Annual statistical returns and brief notes on vaccination in Bengal - 1909-1929
Year: 1909
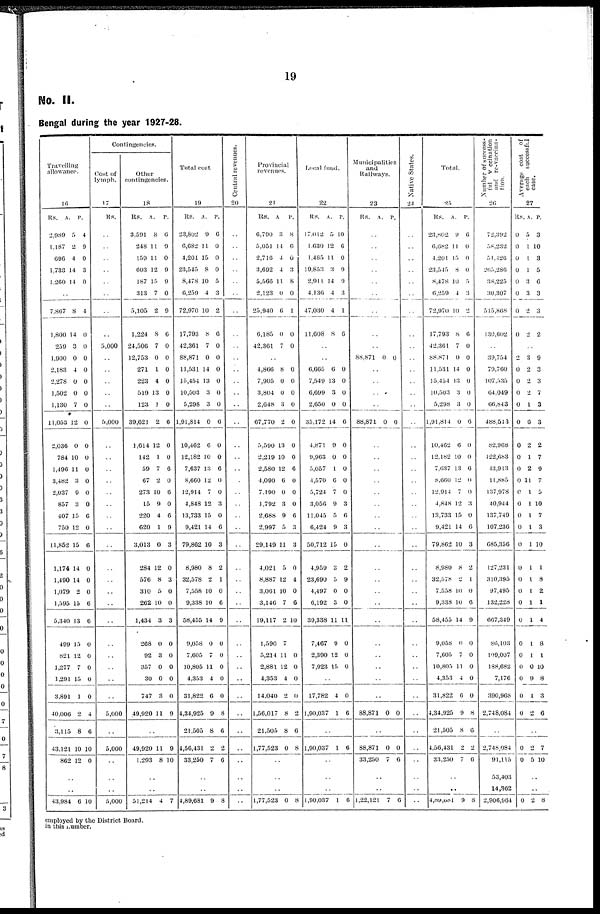
19
No. II.
Bengal during the year 1927-28.
Travelling
allowance.
16
Rs.
2,989
1,187
696
1,733
1,260
A.
5
2
4
14
14
P.
4
9
0
3
0
..
7,867
1,800
259
1,900
2,183
2,278
1,502
1,130
11,053
2,036
784
1,496
3,482
2,037
857
407
750
11,852
1,174
1,490
1,079
1,595
5,340
499
821
1,277
1,291
3,891
40,006
3,115
43,121
862
8
14
3
0
4
0
0
7
12
0
10
11
3
9
3
15
12
15
14
14
2
15
13
15
12
7
15
1
2
8
10
12
4
0
0
0
0
0
0
0
0
0
0
0
0
0
0
6
0
6
0
0
0
6
6
0
0
0
0
0
4
6
10
0
..
..
43,984 6 10
Contingencies.
Cost of
lymph.
17
Rs.
..
..
..
..
..
..
..
..
5,000
..
..
..
..
..
5,000
..
..
..
..
..
..
..
..
..
..
..
..
..
..
..
..
..
..
..
5,000
..
5,000
..
..
..
5,000
Other
contingencies.
18
Rs.
3,591
248
159
603
187
313
5,105
1,224
24,506
12,753
271
223
519
123
39,621
1,614
142
59
67
273
15
220
620
3,013
284
576
310
262
1,434
268
92
357
30
747
49,920
A.
8
11
11
12
15
7
2
8
7
0
1
4
13
1
2
12
1
7
2
10
9
4
1
0
12
8
5
10
3
0
3
0
0
3
11
P.
6
9
0
9
9
0
9
6
0
0
0
0
0
0
6
0
0
6
0
6
0
6
9
3
0
3
0
0
3
0
0
0
0
0
9
..
49,920
1,293
11
8
9
10
..
..
51,214 4 7
Total cost
19
Rs.
23,802
6,682
4,201
23,545
8,478
6,259
72,970
17,793
42,361
88,871
11,531
15,454
10,503
5,298
1,91,814
10,462
12,182
7,637
8,660
12,914
4,848
13,733
9,421
79,862
8,980
32,578
7,558
9,338
58,455
9,058
7,605
10,805
4,353
31,822
4,34,925
21,505
4,56,431
33,250
A.
9
11
15
8
10
4
10
8
7
0
14
13
3
3
0
6
10
13
12
7
12
15
14
10
8
2
10
10
14
0
7
11
4
6
9
8
2
7
P.
6
0
0
0
5
3
2
6
0
0
0
0
0
0
6
0
0
6
0
0
3
0
6
3
2
1
0
6
9
0
0
0
0
0
8
6
2
6
..
..
4,89,681 9 8
Central revenues.
20
..
..
..
..
..
..
..
..
..
..
..
..
..
..
..
..
..
..
..
..
..
..
..
..
..
..
..
..
..
..
..
..
..
..
..
..
..
..
..
..
..
Provincial
revenues.
21
Rs.
6,790
5,051
2,716
3,692
5,566
2,123
25,940
6,185
42,361
A.
3
14
4
4
11
0
6
0
7
P.
8
6
0
3
8
0
1
0
0
..
4,866
7,905
3,804
2,648
67,770
5,590
2,219
2,580
4,090
7,100
1,792
2,688
2,997
29,149
4,021
8,887
3,061
3,146
19,117
1,590
5,214
2,881
4,353
14,040
1,56,017
21,505
1,77,523
8
0
0
3
2
13
10
12
6
0
3
9
5
11
5
12
10
7
2
7
11
12
4
2
8
8
0
0
0
0
0
0
0
0
6
0
0
0
6
3
3
0
4
0
6
10
0
0
0
0
2
6
8
..
..
..
1,77,523 0 8
Local fund.
22
Rs.
17,012
1,630
1,485
19,853
2,911
4,136
47,030
11,008
A.
5
12
11
3
14
4
4
8
P.
10
6
0
9
9
3
1
6
..
..
6,665
7,549
6,699
2,650
35,172
4,871
9,963
5,057
4,570
5,724
3,056
11,045
6,424
50,712
4,959
23,690
4,497
6,192
39,338
7,467
2,390
7,923
6
13
3
0
14
9
0
1
6
7
9
5
9
15
3
5
0
3
11
0
12
15
0
0
0
0
6
0
0
0
0
0
3
6
3
0
2
9
0
0
11
0
0
0
..
17,782
1,90,037
4
1
0
6
..
1,90,037 1 6
..
..
..
1,90,037 1 6
Municipalities
and
Railways.
23
Rs. A. P.
..
..
..
..
..
..
..
..
..
88,871 0 0
..
..
..
..
88,871 0 0
..
..
..
..
..
..
..
..
..
..
..
..
..
..
..
..
..
..
..
88,871 0 0
..
88,871
33,250
0
7
0
6
..
..
1,22,121 7 6
Native States.
24
..
..
..
..
..
..
..
..
..
..
..
..
..
..
..
..
..
..
..
..
..
..
..
..
..
..
..
..
..
..
..
..
..
..
..
..
..
..
..
..
..
Total.
25
Rs.
23,802
6,682
4,201
23,545
8,478
6,259
72,970
17,793
42,361
88,871
11,531
15,454
10,503
5,298
1,91,814
10,462
12,182
7,637
8,660
12,914
4,848
13,733
9,421
79,862
8,980
32,578
7,558
9,338
58,455
9,058
7,605
10,805
4,353
31,822
4,34,925
21,505
4,56,431
33,250
A.
9
11
15
8
10
4
10
8
7
0
14
13
3
3
0
6
10
13
12
7
12
15
14
10
8
2
10
10
14
0
7
11
4
6
9
8
2
7
P.
6
0
0
0
5
3
2
6
0
0
0
0
0
0
6
0
0
6
0
0
3
0
6
3
2
1
0
6
9
0
0
0
0
0
8
6
2
6
..
..
4,89,081 9 8
Number of success-
ful vaccination
and re-vaccina-
tion.
26
72,392
58,232
51,126
265,286
38,225
30,307
515,868
130,602
..
39,754
79,760
107,535
64,049
66,843
488,543
82,968
122,683
43,913
11,885
137,978
40,944
137,749
107,236
685,356
127,231
310,395
97,495
132,228
667,349
86,103
109,007
188,682
7,176
390,968
2,748,084
..
2,748,084
91,115
53,403
14,362
2,906,964
Average cost of
each successful
case.
27
Rs.
0
0
0
0
0
0
0
0
A.
5
1
1
1
3
3
2
2
P.
3
10
3
5
6
3
3
2
..
2
0
0
0
0
0
0
0
0
0
0
0
0
0
0
0
0
0
0
0
0
0
0
0
0
0
3
2
2
2
1
6
2
1
2
11
1
1
1
1
1
1
1
1
1
1
1
1
0
9
1
2
9
3
3
7
3
3
2
7
9
7
5
10
7
3
10
1
8
2
1
4
8
1
10
8
3
6
..
0
0
2
5
7
10
..
..
0 2 8
employed by the District Board.
in this number.